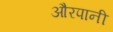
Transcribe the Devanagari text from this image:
औरपानी